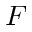
F